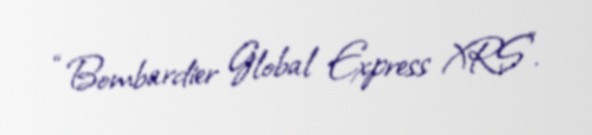
“Bombardier Global Express XRS”.